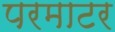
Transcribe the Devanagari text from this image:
परमाटर